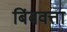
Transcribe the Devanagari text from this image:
बिंबवत्ता